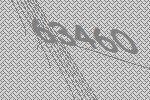
63460